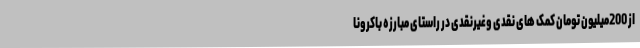
از 200میلیون تومان کمک های نقدی وغیرنقدی در راستای مبارزه باکرونا